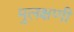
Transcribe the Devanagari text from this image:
मुलक्षणी